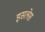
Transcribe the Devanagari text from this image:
इसलेस